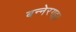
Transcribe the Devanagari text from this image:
बन्नेरगट्टा